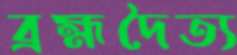
ব্রহ্মদৈত্য